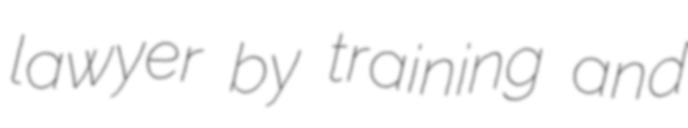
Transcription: lawyer by training and